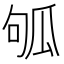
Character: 𤫱